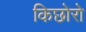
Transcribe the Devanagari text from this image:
किछोरो